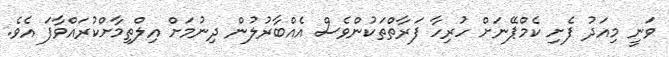
ވަނީ މިއަދު ފެށި ކެމްޕޭނަށް ހުރިހާ ފަރާތްތަކުންވެސް އެއްބާރުލުން ދިނުމަށް އިލްތިމާށްކުރައްވާފަ އެވެ.